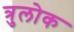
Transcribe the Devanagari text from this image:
त्रुलोक